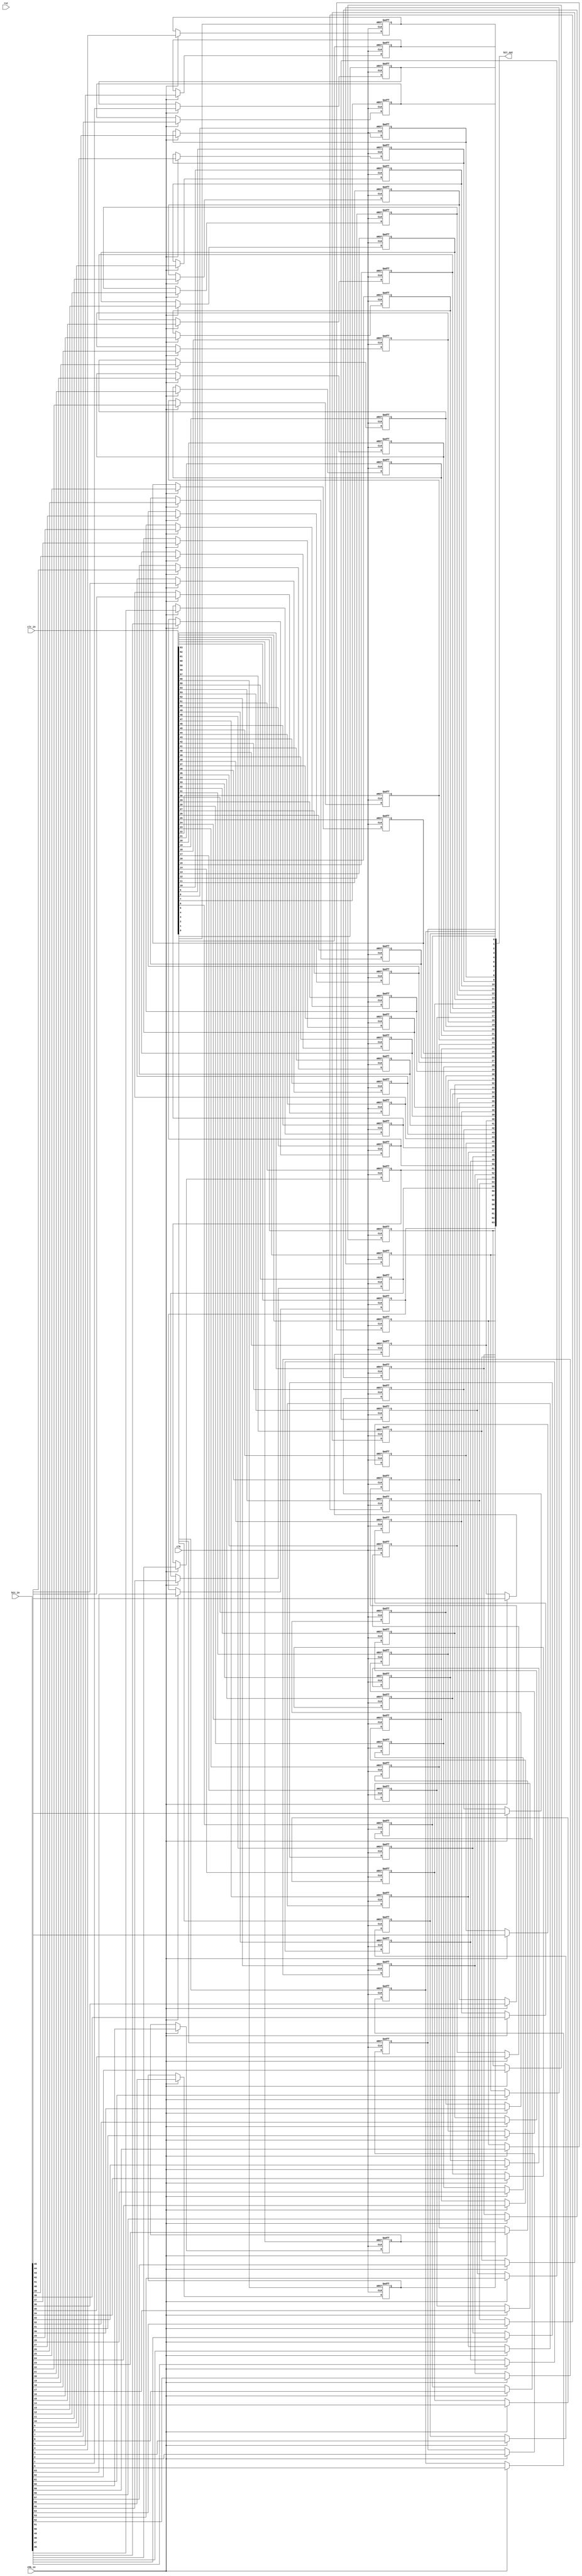
/*
 *
 */

`timescale 1ns/1ns
module bit_queue
#(
  parameter integer bit_width = 64
)
(
  input  wire                  rst, clk,

  input  wire                  chk_in,
  input  wire [bit_width-1: 0] bit_in,
  input  wire [bit_width-1: 0] clr_in,

  output reg  [bit_width-1: 0] bit_out
);

generate
genvar i;
  for (i=0; i<bit_width; i=i+1) begin: bit_latch
    always @(posedge clr_in[i] or posedge clk) begin
      if (clr_in[i])   // NOTE: must be asynchronous clear!
        bit_out[i] <= 1'b0;
      else if (chk_in)
        bit_out[i] <= bit_in[i];
    end
  end
endgenerate

endmodule